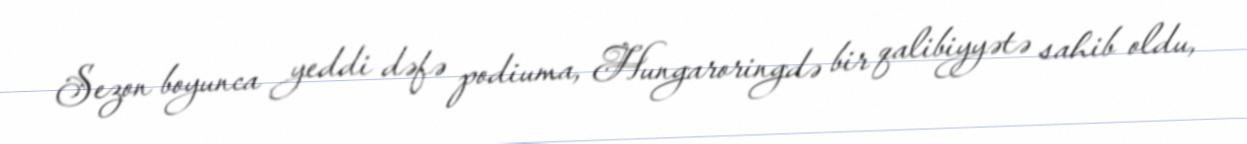
Sezon boyunca yeddi dəfə podiuma, Hungaroringdə bir qalibiyyətə sahib oldu,